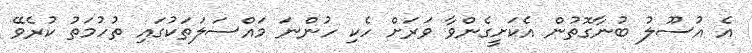
އެ އުސޫލު ބުނާގޮތުން އެކަށީގެންވާ ވަރަށް ހެކި ހުންނަ މައްސަލަތަކުގައި ތުހުމަތު ކުރެވޭ